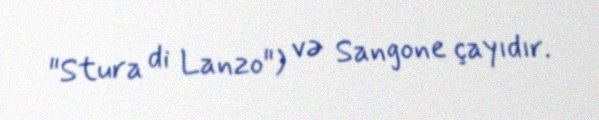
"Stura di Lanzo") və Sangone çayıdır.